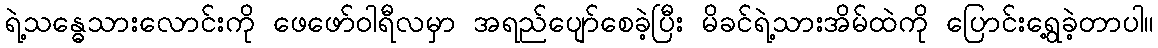
ရဲ့သန္ဓေသားလောင်းကို ဖေဖော်ဝါရီလမှာ အရည်ပျော်စေခဲ့ပြီး မိခင်ရဲ့သားအိမ်ထဲကို ပြောင်းရွေ့ခဲ့တာပါ။